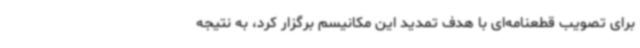
برای تصویب قطعنامه‌ای با هدف تمدید این مکانیسم برگزار کرد، به نتیجه